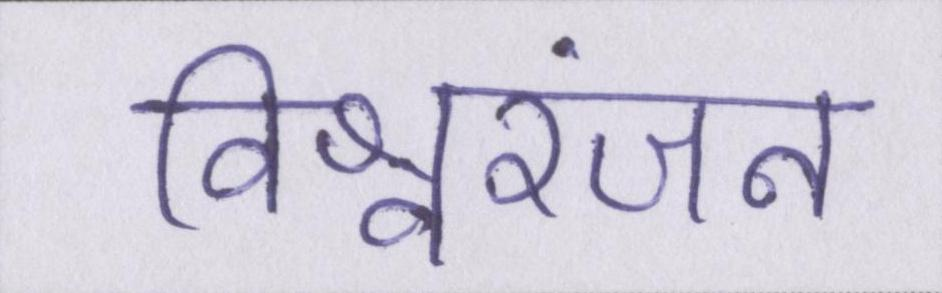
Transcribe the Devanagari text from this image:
विश्वरंजन